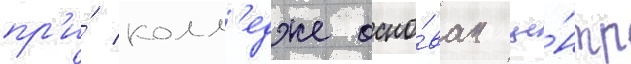
пр'и́ колл'едже осно́ван це́нтр